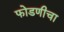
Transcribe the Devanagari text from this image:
फोडणीचा